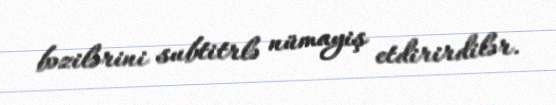
bəzilərini subtitrlə nümayiş etdirirdilər.